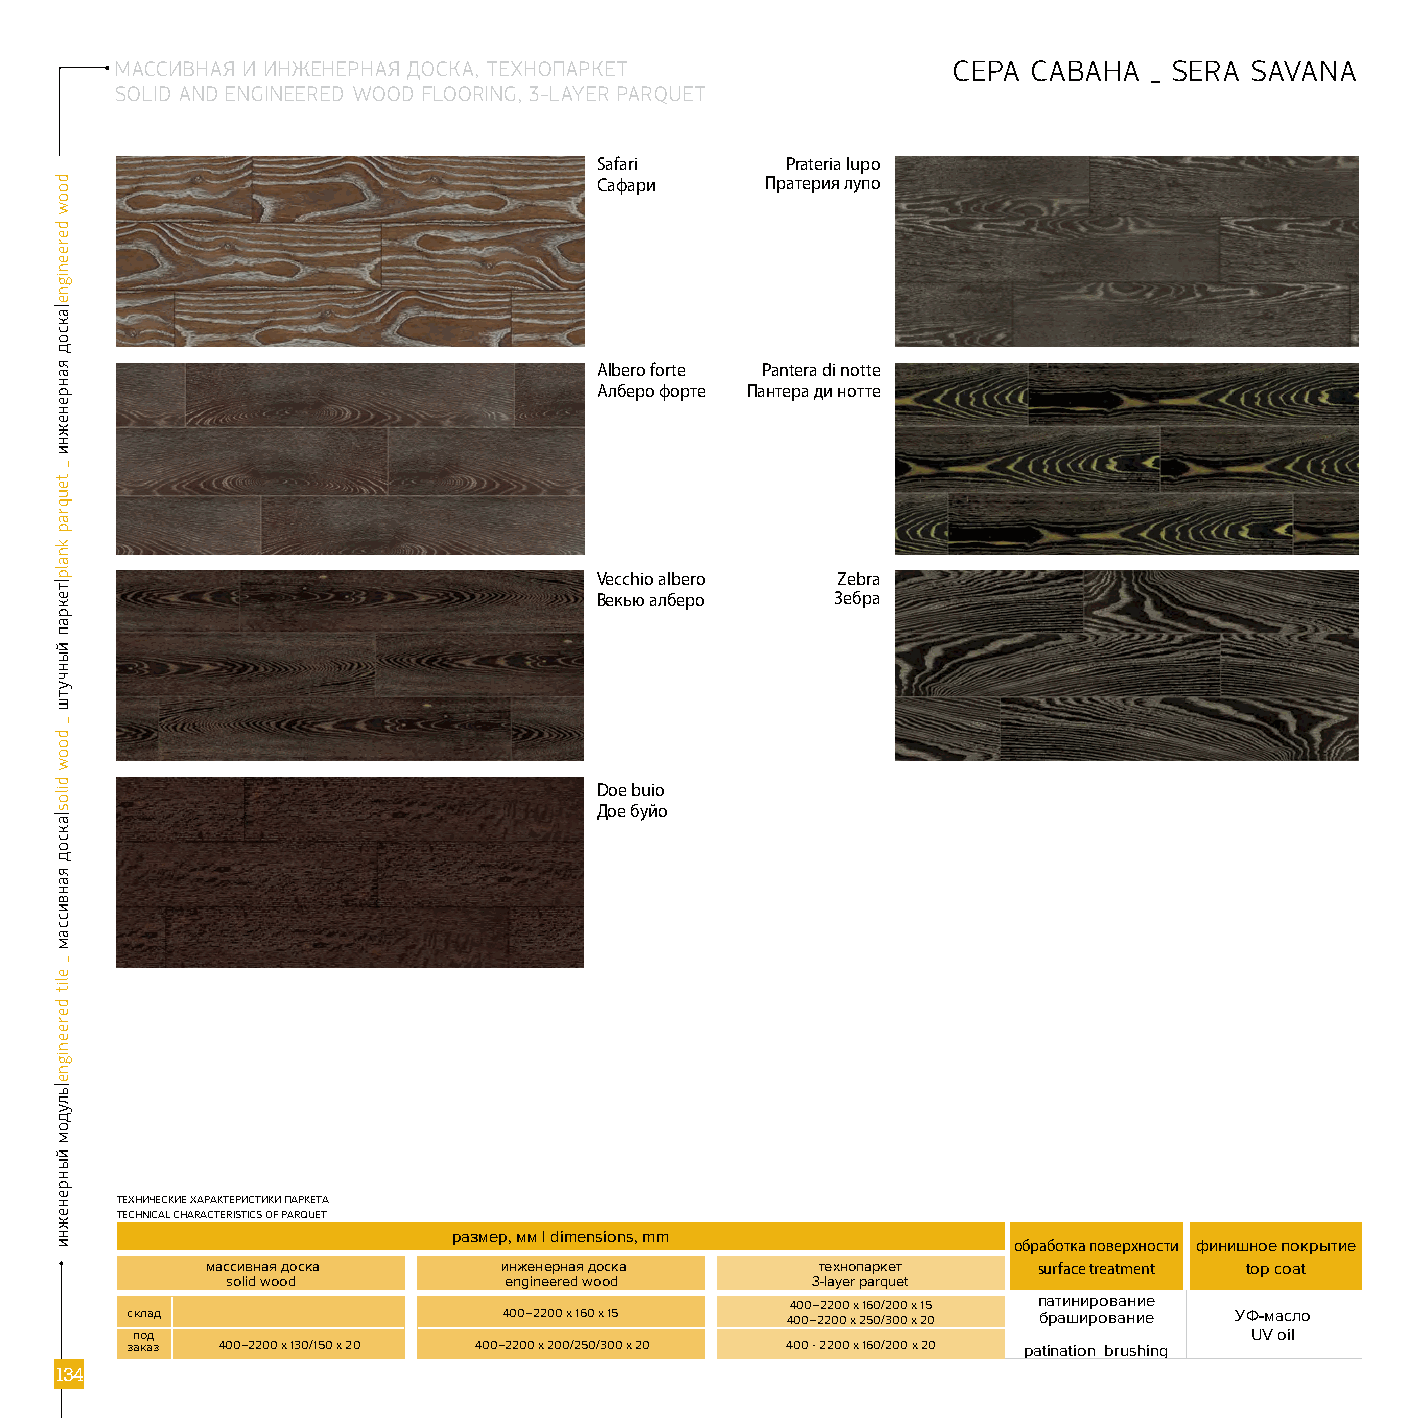
МАССИВНАЯ И ИНЖЕНЕРНАЯ ДОСКА, ТЕХНОПАРКЕТ              СЕРА САВАНА  _ sERA s AVAnA
 solid and engineered wood flooring, 3-layer parquet
 Safari       prateria lupo
 Сафари      Пратерия лупо
 albero forte pantera di notte
 Алберо форте Пантера ди нотте
 Vecchio albero  Zebra
 Векью алберо    Зебра
 Doe buio
 Дое буйо
 ТЕХНИЧЕСКИЕ ХАРАКТЕРИСТИКИ ПАРКЕТА
 TECHNICAL CHARACTERISTICS OF PARQUET
 размер, мм | dimensions, mm
 обработка поверхности финишное покрытие
 массивная доска    инженерная доска     технопаркет    surface treatment top coat
 solid wood        engineered wood      3-layer parquet
 патинирование
 400–2200 х 160/200 х 15
 склад                    400–2200 х 160 х 15 400–2200 х 250/300 х 20 браширование УФ-масло
 под                                                                       UV oil
 заказ 400–2200 х 130/150 х 20 400–2200 х 200/250/300 х 20 400 - 2200 х 160/200 х 20 patination brushing
 113344
 doow
 dereenigne|аксод
 яанренежни
 _
 teuqrap
 knalp|текрап
 йынчутш
 _
 doow
 dilos|аксод
 яанвиссам
 _
 elit
 dereenigne|ьлудом
 йынренежни